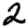
Digit: 2